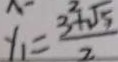
y _ { 1 } = \frac { 3 ^ { 2 } + \sqrt { 5 } } { 2 }